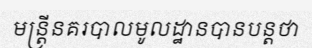
មន្ត្រីនគរបាលមូលដ្ឋានបានបន្តថា